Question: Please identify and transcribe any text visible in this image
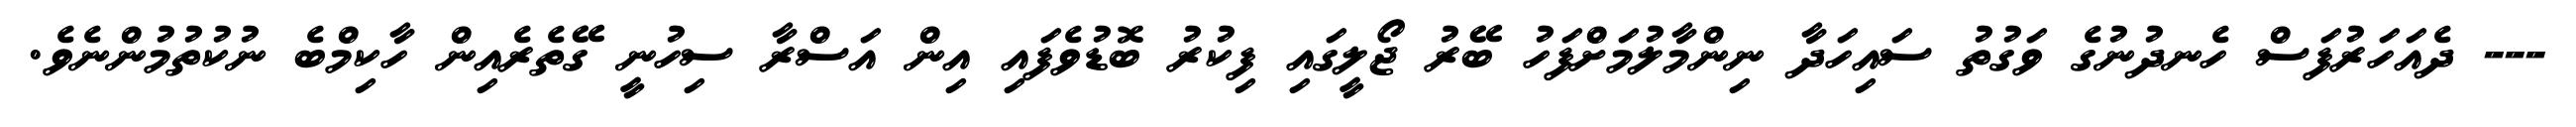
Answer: --- ދެއަހަރުފަސް ހެނދުނުގެ ވަގުތު ސައިހަދާ ނިންމާލުމަށްފަހު ބޭރު ޖޯލީގައި ފިކުރު ބޮޑުވެފައި އިން އަސްރާ ސިހުނީ ގޭތެރެއިން ހާކިމްބެ ނުކުތުމުންނެވެ.